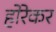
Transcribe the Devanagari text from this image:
होरेकर